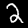
Digit: 2